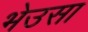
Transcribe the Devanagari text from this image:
भेउसा